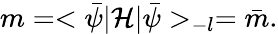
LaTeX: m=<\bar{\psi}|{\cal H}|\bar{\psi}>_{-l}=\bar{m}.